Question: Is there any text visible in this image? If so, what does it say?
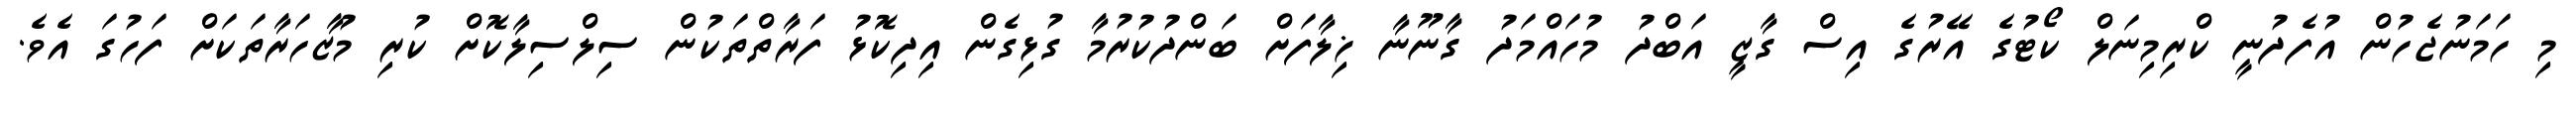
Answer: މި ހަމަނުޖެހުން އުފެދުނީ ކްރިމިނަލް ކޯޓުގެ އޭރުގެ އިސް ގާޒީ އަބްދު މުހައްމަދު ގާނޫނާ ޚިލާފަށް ބަންދުކުރުމާ ގުޅިގެން އިދިކޮޅު ފަރާތްތަކުން ސިލްސިލާކޮށް ކުރި މުޒާހަރާތަކަށް ފަހުގަ އެވެ.